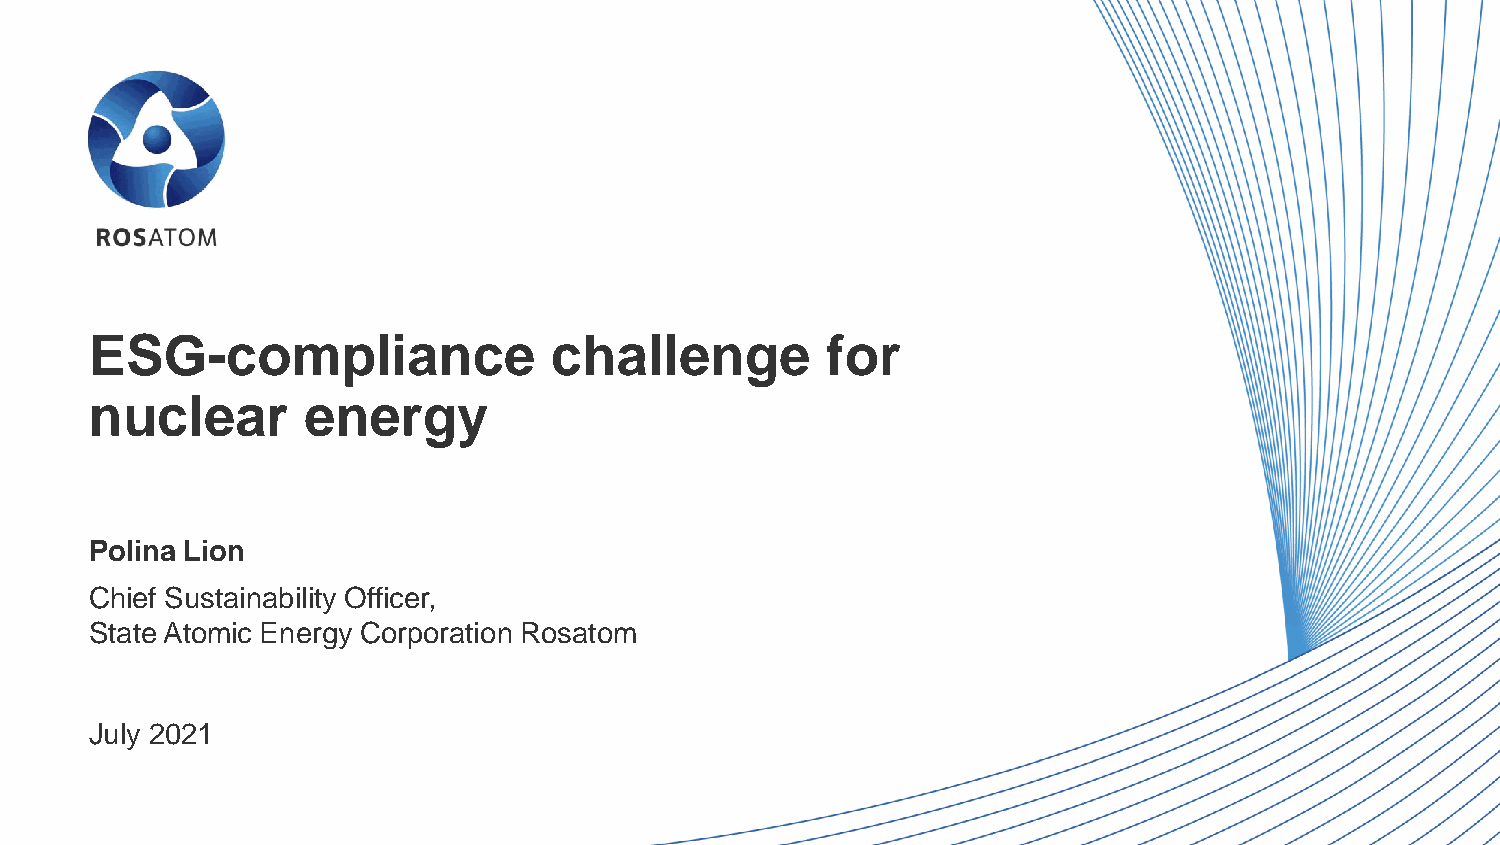
ESG-compliance                challenge          for
 nuclear       energy
 Polina Lion
 Chief Sustainability Officer,
 State Atomic Energy Corporation Rosatom
 July 2021